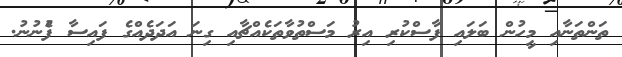
ތަންތަނާއި މީހުން ބަލައި ފާސްކުރި އިރު މަސްތުވާތަކެއްޗާއި ގިނަ އަދަދެއްގެ ފައިސާ ފެުނުނު.